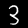
Digit: 3